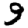
Digit: 9